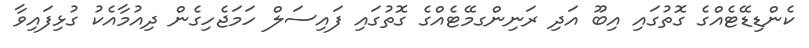
ކެންޑިޑޭޓެއްގެ ގޮތުގައި އިބޫ އަދި ރަނިންގމޭޓެއްގެ ގޮތުގައި ފައިސަލް ހަމަޖެހިގެން ދިއުމާއެކު ގުޅިފައިވާ